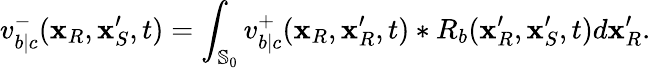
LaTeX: v_{b|c}^{-}(\mathbf{x}_{R},\mathbf{x}_{S}^{\prime},t)=\int_{\mathbb{S}_{0}}v_{b|c}^{+}(\mathbf{x}_{R},\mathbf{x}_{R}^{\prime},t)*R_{b}(\mathbf{x}_{R}^{\prime},\mathbf{x}_{S}^{\prime},t)d\mathbf{x}_{R}^{\prime}.